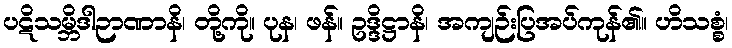
ပဋိသမ္ဘိဒါဉာဏာနိ၊ တို့ကို။ ပုန၊ ဖန်။ ဥဒ္ဒိဋ္ဌာနိ၊ အကျဉ်းပြအပ်ကုန်၏။ ဟိသစ္စံ၊